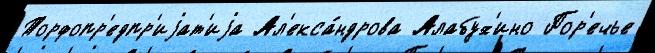
Торфопр'едпр'иjат'иjа Ал'екса́ндрова Алабух'ино Пор'ечье